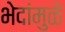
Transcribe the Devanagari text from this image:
भेदांमुळे